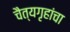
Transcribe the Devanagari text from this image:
चैत्यगृहांचा